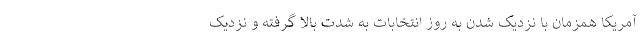
آمریکا همزمان با نزدیک شدن به روز انتخابات به شدت بالا گرفته و نزدیک